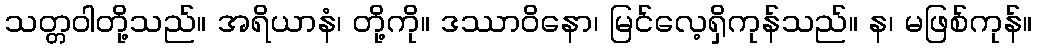
သတ္တဝါတို့သည်။ အရိယာနံ၊ တို့ကို။ ဒဿာဝိနော၊ မြင်လေ့ရှိကုန်သည်။ န၊ မဖြစ်ကုန်။